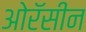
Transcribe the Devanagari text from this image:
ओरॅसीन